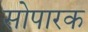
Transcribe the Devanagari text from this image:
सोपारक